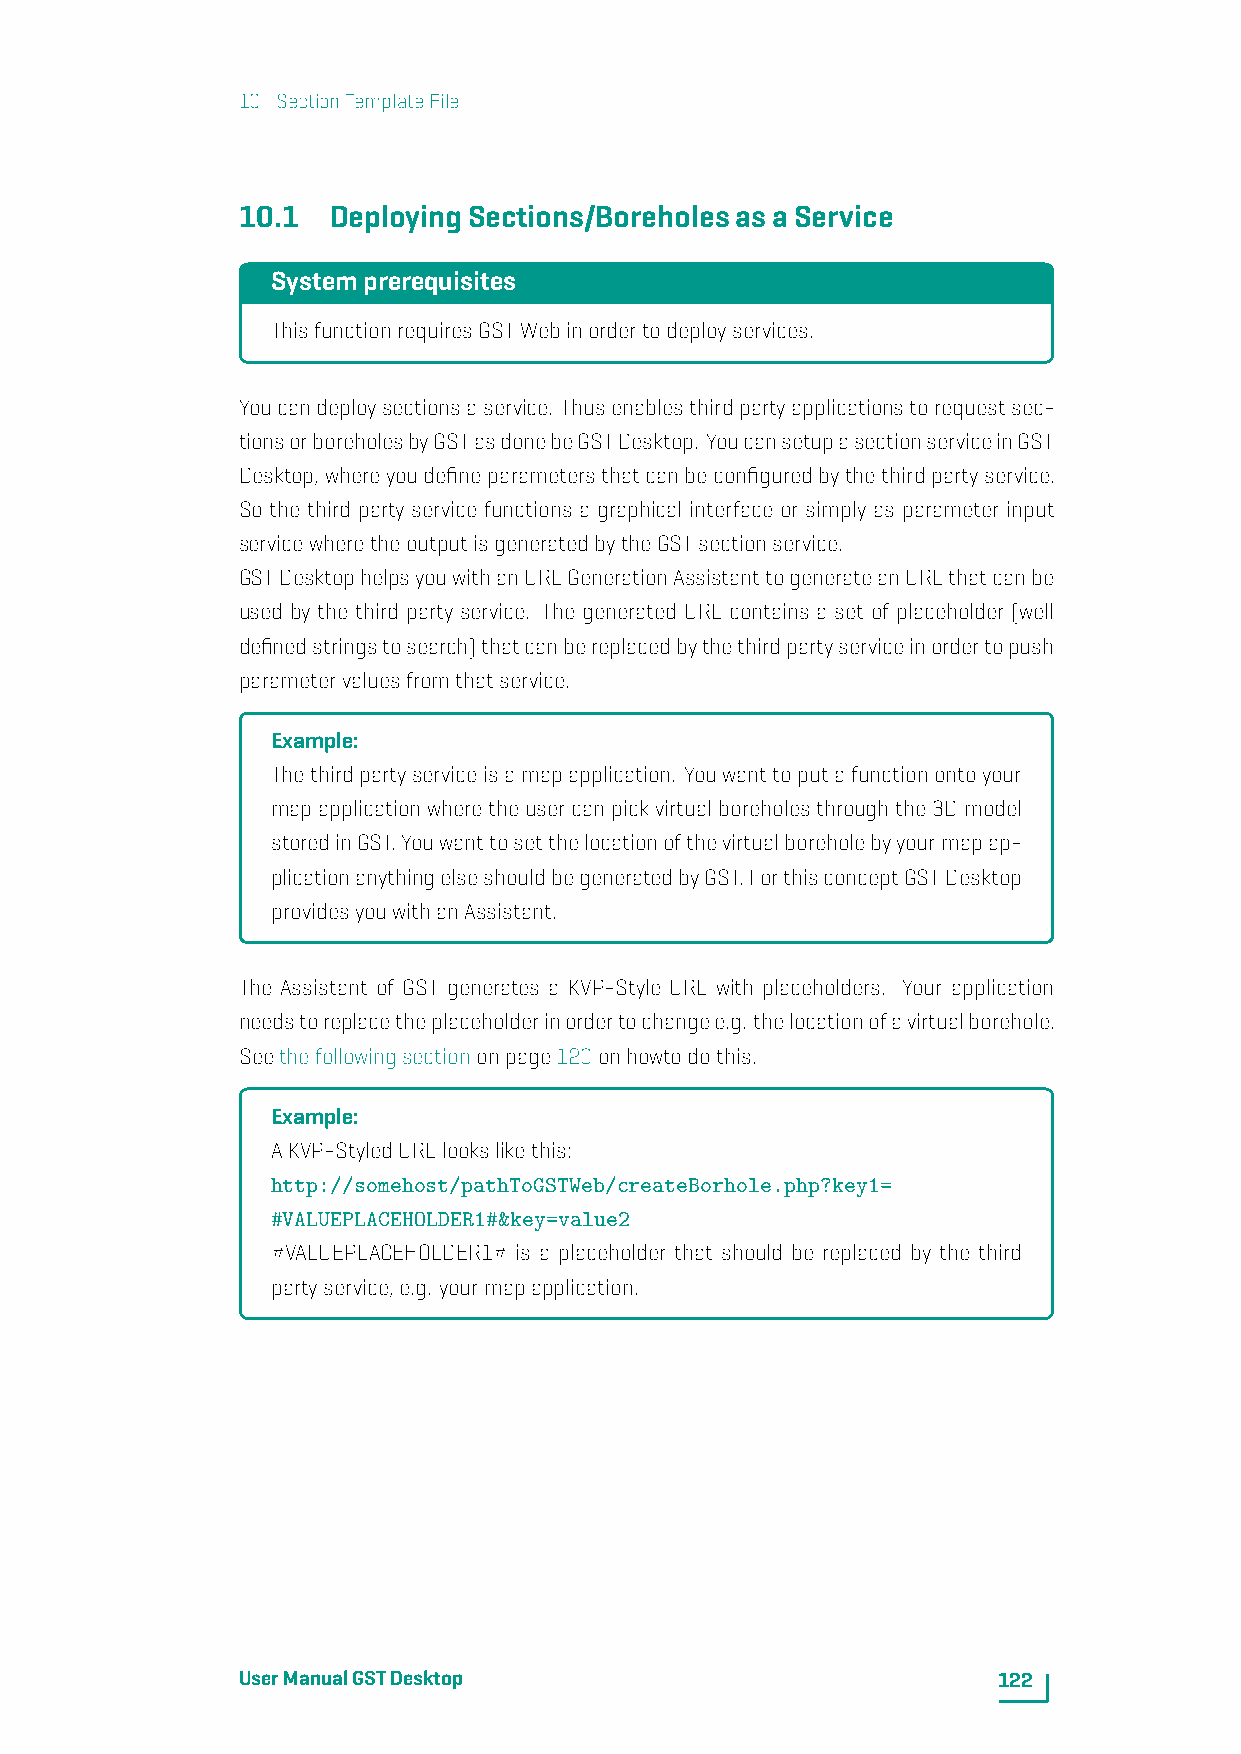
10. SectionTemplateFile
 10.1  DeployingSections/BoreholesasaService
 Systemprerequisites
 ThisfunctionrequiresGSTWebinordertodeployservices.
 Youcandeploysectionsaservice. Thusenablesthirdpartyapplicationstorequestsec-
 tionsorboreholesbyGSTasdonebeGSTDesktop. YoucansetupasectionserviceinGST
 Desktop,whereyoudefineparametersthatcanbeconfiguredbythethirdpartyservice.
 So the third party service functions a graphical interface or simply as parameter input
 servicewheretheoutputisgeneratedbytheGSTsectionservice.
 GSTDesktophelpsyouwithanURLGenerationAssistanttogenerateanURLthatcanbe
 used by the third party service. The generated URL contains a set of placeholder (well
 definedstringstosearch)thatcanbereplacedbythethirdpartyserviceinordertopush
 parametervaluesfromthatservice.
 Example:
 Thethirdpartyserviceisamapapplication. Youwanttoputafunctionontoyour
 mapapplicationwheretheusercanpickvirtualboreholesthroughthe3Dmodel
 storedinGST.Youwanttosetthelocationofthevirtualboreholebyyourmapap-
 plicationanythingelseshouldbegeneratedbyGST.ForthisconceptGSTDesktop
 providesyouwithanAssistant.
 The Assistant of GST generates a KVP-Style URL with placeholders. Your application
 needstoreplacetheplaceholderinordertochangee.g. thelocationofavirtualborehole.
 Seethefollowingsectiononpage120onhowtodothis.
 Example:
 AKVP-StyledURLlookslikethis:
 http://somehost/pathToGSTWeb/createBorhole.php?key1=
 #VALUEPLACEHOLDER1#&key=value2
 #VALUEPLACEHOLDER1# is a placeholder that should be replaced by the third
 partyservice,e.g. yourmapapplication.
 UserManualGSTDesktop                              122